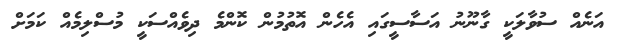
އަނެއް ސުވާލަކީ ގާނޫނު އަސާސީގައި އެހެން އޮތުމުން ކޮންމެ ދިވެއްސަކީ މުސްލިމެއް ކަމަށް